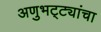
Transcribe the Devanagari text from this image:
अणुभट्ट्यांचा